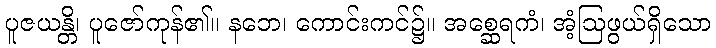
ပူဇယန္တိ၊ ပူဇော်ကုန်၏။ နဘေ၊ ကောင်းကင်၌။ အစ္ဆေရကံ၊ အံ့ဩဖွယ်ရှိသော